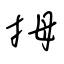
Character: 拇